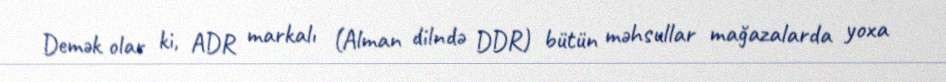
Demək olar ki, ADR markalı (Alman dilndə DDR) bütün məhsullar mağazalarda yoxa